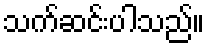
သက်ဆင်းပါသည်။